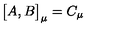
\bigl \lbrack A , B \bigr \rbrack _ { \mu } = C _ { \mu }